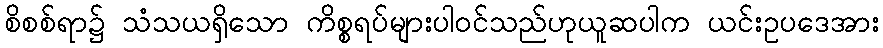
စိစစ်ရာ၌ သံသယရှိသော ကိစ္စရပ်များပါဝင်သည်ဟုယူဆပါက ယင်းဥပဒေအား